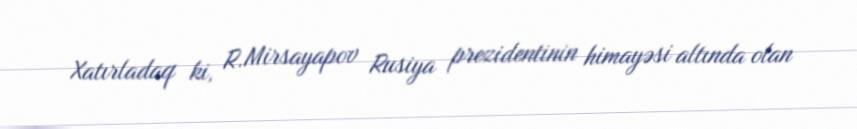
Xatırladaq ki, R.Mirsayapov Rusiya prezidentinin himayəsi altında olan